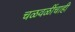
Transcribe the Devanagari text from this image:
चळवळींचाही